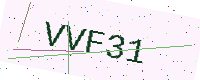
Text: VVF31